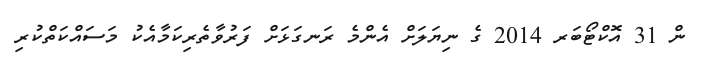
ން 31 އޮކްޓޯބަރ 2014 ގެ ނިޔަލަށް އެންމެ ރަނގަޅަށް ފަރުވާތެރިކަމާއެކު މަސައްކަތްކުރި